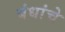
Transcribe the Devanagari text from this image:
बंधांचे